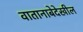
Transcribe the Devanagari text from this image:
वातानाबेदेखील